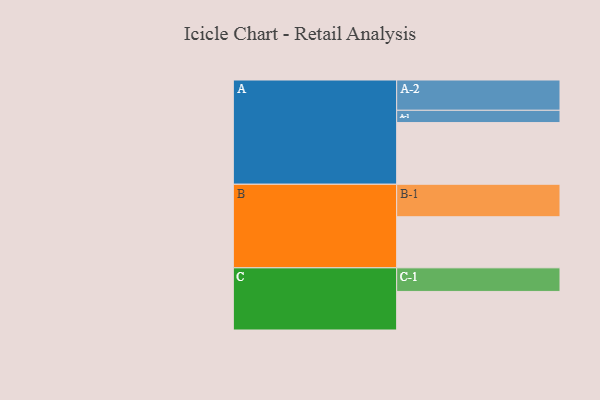
{"axis": {"x": "Segment", "y": "Value"}, "legend": ["", "A", "B", "C"], "data": [{"x": "A", "y": 507, "type": ""}, {"x": "B", "y": 420, "type": ""}, {"x": "C", "y": 317, "type": ""}, {"x": "A-1", "y": 101, "type": "A"}, {"x": "A-2", "y": 249, "type": "A"}, {"x": "B-1", "y": 267, "type": "B"}, {"x": "C-1", "y": 194, "type": "C"}]}